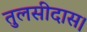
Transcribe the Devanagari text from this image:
तुलसीदास।